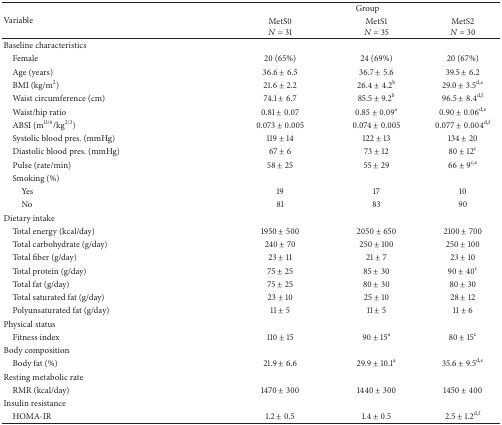
<table><thead><tr><td rowspan="2"><b>Variable</b></td><td colspan="3"><b>Group</b></td></tr><tr><td><b>MetS0<i>N</i> = 31</b></td><td><b>MetS1<i>N</i> = 35</b></td><td><b>MetS2<i>N</i> = 30</b></td></tr></thead><tbody><tr><td>Baseline characteristics</td><td> </td><td> </td><td> </td></tr><tr><td> Female</td><td>20 (65%)</td><td>24 (69%)</td><td>20 (67%)</td></tr><tr><td> Age (years)</td><td>36.6 ± 6.5</td><td>36.7 ± 5.6</td><td>39.5 ± 6.2</td></tr><tr><td> BMI (kg/m<sup>2</sup>)</td><td>21.6 ± 2.2</td><td>26.4 ± 4.2<sup>b</sup></td><td>29.0 ± 3.5<sup>d,e</sup></td></tr><tr><td> Waist circumference (cm)</td><td>74.1 ± 6.7</td><td>85.5 ± 9.2<sup>b</sup></td><td>96.5 ± 8.4<sup>d,f</sup></td></tr><tr><td> Waist/hip ratio</td><td>0.81 ± 0.07</td><td>0.85 ± 0.09<sup>a</sup></td><td>0.90 ± 0.06<sup>d,e</sup></td></tr><tr><td> ABSI (m<sup>11/6</sup>/kg<sup>2/3</sup>)</td><td>0.073 ± 0.005</td><td>0.074 ± 0.005</td><td>0.077 ± 0.004<sup>d,f</sup></td></tr><tr><td> Systolic blood pres. (mmHg)</td><td>119 ± 14</td><td>122 ± 13</td><td>134 ± 20</td></tr><tr><td> Diastolic blood pres. (mmHg)</td><td>67 ± 6</td><td>73 ± 12</td><td>80 ± 12<sup>c</sup></td></tr><tr><td> Pulse (rate/min)</td><td>58 ± 25</td><td>55 ± 29</td><td>66 ± 9<sup>c,e</sup></td></tr><tr><td> Smoking (%)</td><td> </td><td> </td><td> </td></tr><tr><td>Yes</td><td>19</td><td>17</td><td>10</td></tr><tr><td>No</td><td>81</td><td>83</td><td>90</td></tr><tr><td>Dietary intake</td><td> </td><td> </td><td> </td></tr><tr><td> Total energy (kcal/day)</td><td>1950 ± 500</td><td>2050 ± 650</td><td>2100 ± 700</td></tr><tr><td> Total carbohydrate (g/day)</td><td>240 ± 70</td><td>250 ± 100</td><td>250 ± 100</td></tr><tr><td> Total fiber (g/day)</td><td>23 ± 11</td><td>21 ± 7</td><td>23 ± 10</td></tr><tr><td> Total protein (g/day)</td><td>75 ± 25</td><td>85 ± 30</td><td>90 ± 40<sup>c</sup></td></tr><tr><td> Total fat (g/day)</td><td>75 ± 25</td><td>80 ± 30</td><td>80 ± 30</td></tr><tr><td> Total saturated fat (g/day)</td><td>23 ± 10</td><td>25 ± 10</td><td>28 ± 12</td></tr><tr><td> Polyunsaturated fat (g/day)</td><td>11 ± 5</td><td>11 ± 5</td><td>11 ± 6</td></tr><tr><td>Physical status</td><td> </td><td> </td><td> </td></tr><tr><td> Fitness index</td><td>110 ± 15</td><td>90 ± 15<sup>a</sup></td><td>80 ± 15<sup>c</sup></td></tr><tr><td>Body composition</td><td> </td><td> </td><td> </td></tr><tr><td> Body fat (%)</td><td>21.9 ± 6.6</td><td>29.9 ± 10.1<sup>a</sup></td><td>35.6 ± 9.5<sup>d,e</sup></td></tr><tr><td>Resting metabolic rate</td><td> </td><td> </td><td> </td></tr><tr><td> RMR (kcal/day)</td><td>1470 ± 300</td><td>1440 ± 300</td><td>1450 ± 400</td></tr><tr><td>Insulin resistance</td><td> </td><td> </td><td> </td></tr><tr><td> HOMA-IR</td><td>1.2 ± 0.5</td><td>1.4 ± 0.5</td><td>2.5 ± 1.2<sup>d,f</sup></td></tr></tbody></table>